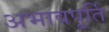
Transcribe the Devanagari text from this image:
अभावपूर्ति